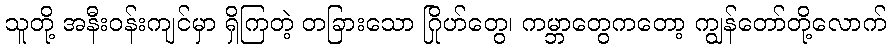
သူတို့ အနီးဝန်းကျင်မှာ ရှိကြတဲ့ တခြားသော ဂြိုဟ်တွေ၊ ကမ္ဘာတွေကတော့ ကျွန်တော်တို့လောက်